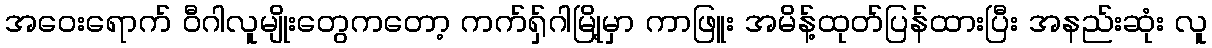
အဝေးရောက် ဝီဂါလူမျိုးတွေကတော့ ကက်ရှ်ဂါမြို့မှာ ကာဖြူး အမိန့်ထုတ်ပြန်ထားပြီး အနည်းဆုံး လူ